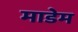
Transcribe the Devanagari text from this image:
माडेम